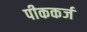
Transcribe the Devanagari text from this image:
पीककर्ज